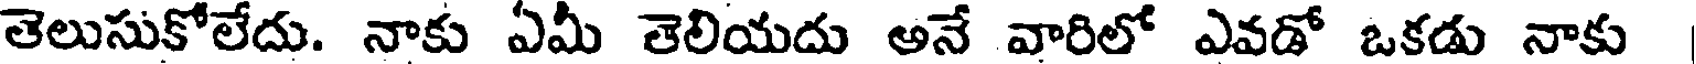
తెలుసుకోలేదు. నాకు ఏమీ తెలియదు అనే వారిలో ఎవడో ఒకడు నాకు